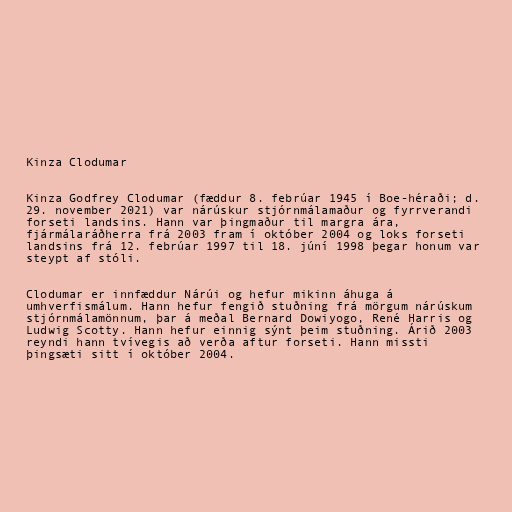
Kinza Clodumar

Kinza Godfrey Clodumar (fæddur 8. febrúar 1945 í Boe-héraði; d.
29. november 2021) var nárúskur stjórnmálamaður og fyrrverandi
forseti landsins. Hann var þingmaður til margra ára,
fjármálaráðherra frá 2003 fram í október 2004 og loks forseti
landsins frá 12. febrúar 1997 til 18. júní 1998 þegar honum var
steypt af stóli.

Clodumar er innfæddur Nárúi og hefur mikinn áhuga á
umhverfismálum. Hann hefur fengið stuðning frá mörgum nárúskum
stjórnmálamönnum, þar á meðal Bernard Dowiyogo, René Harris og
Ludwig Scotty. Hann hefur einnig sýnt þeim stuðning. Árið 2003
reyndi hann tvívegis að verða aftur forseti. Hann missti
þingsæti sitt í október 2004.